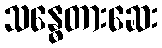
သန္ဓေတားဆေး